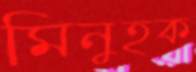
মিনুহক